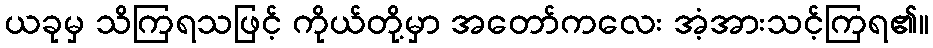
ယခုမှ သိကြရသဖြင့် ကိုယ်တို့မှာ အတော်ကလေး အံ့အားသင့်ကြရ၏။